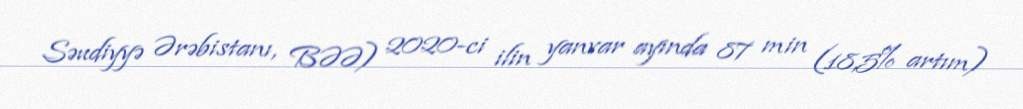
Səudiyyə Ərəbistanı, BƏƏ) 2020-ci ilin yanvar ayında 87 min (18,5% artım)